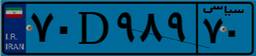
۸۶D۱۳۴۷۴